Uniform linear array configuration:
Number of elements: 8
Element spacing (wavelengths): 0.75
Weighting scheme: kaiser
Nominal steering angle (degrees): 15
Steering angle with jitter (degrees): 16.773
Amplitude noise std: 0.05
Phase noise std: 0.05

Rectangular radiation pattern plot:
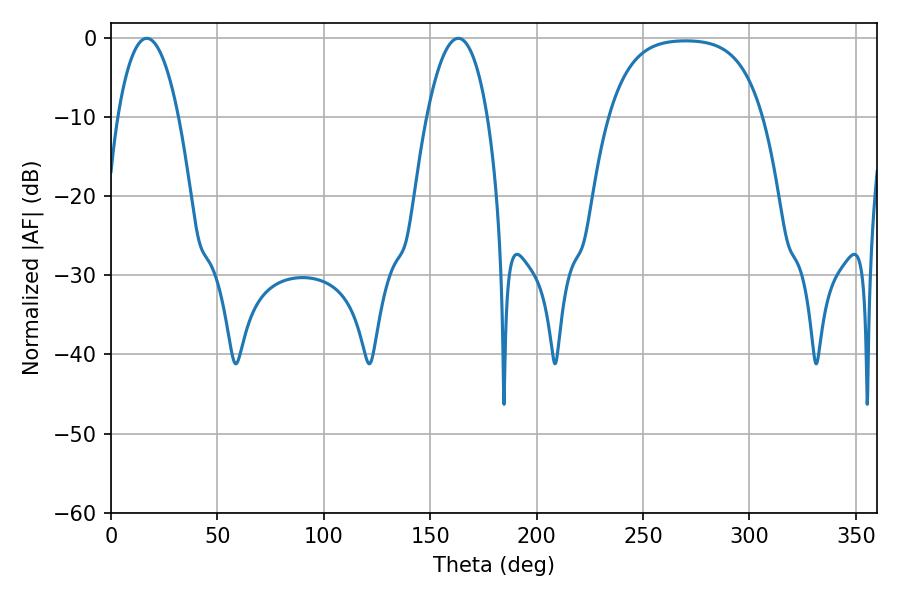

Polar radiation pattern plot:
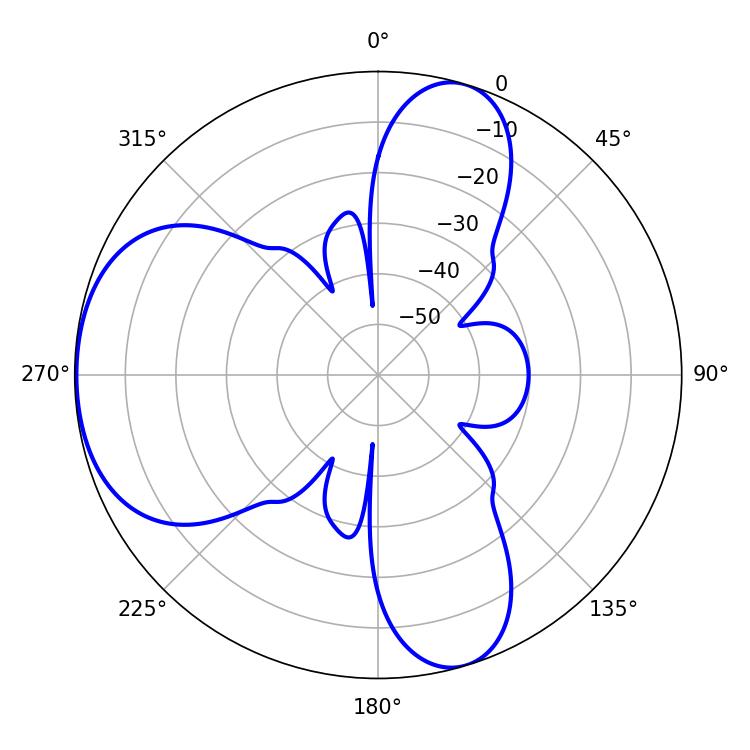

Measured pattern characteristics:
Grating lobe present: TRUE
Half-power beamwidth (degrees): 16.02
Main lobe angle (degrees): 16.74